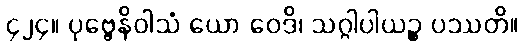
၄၂၄။ ပုဗ္ဗေနိဝါသံ ယော ဝေဒိ၊ သဂ္ဂါပါယဉ္စ ပဿတိ။